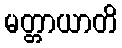
မတ္တာယာတိ